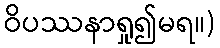
ဝိပဿနာရှု၍မရ။)